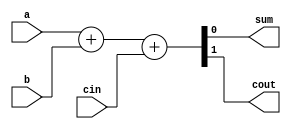
module FA (
 input  a,
 input b,
 input cin,
 output sum,
 output cout
);

assign {cout,sum} = a + b + cin;

endmodule